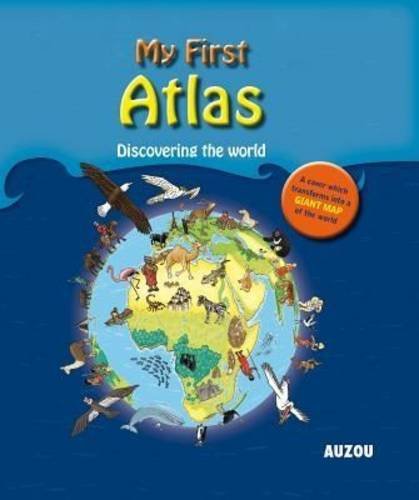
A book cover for My First Atlas: Discovering the World; Denis Pero; Children's Books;